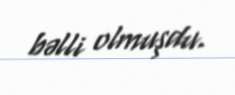
bəlli olmuşdu.